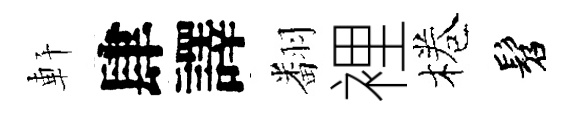
軒肆譯翻裡棬髫